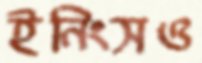
ইনিংসও